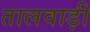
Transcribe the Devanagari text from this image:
तालवाड़ी